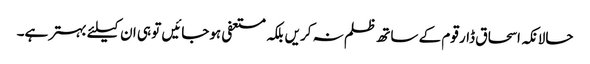
حالانکہ اسحاق ڈار قوم کے ساتھ ظلم نہ کریں بلکہ مستعفی ہوجائیں تو ہی ان کیلئے بہتر ہے۔